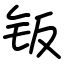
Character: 钣